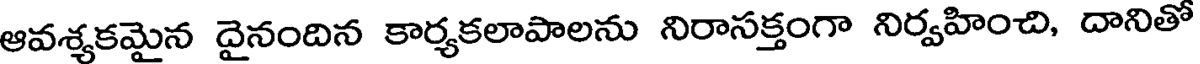
ఆవశ్శకమైన దైనందిన కార్యకలాపాలను నిరాసక్తంగా నిర్వహించి, దానితో